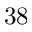
3 8